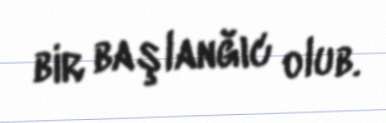
bir başlanğıc olub.